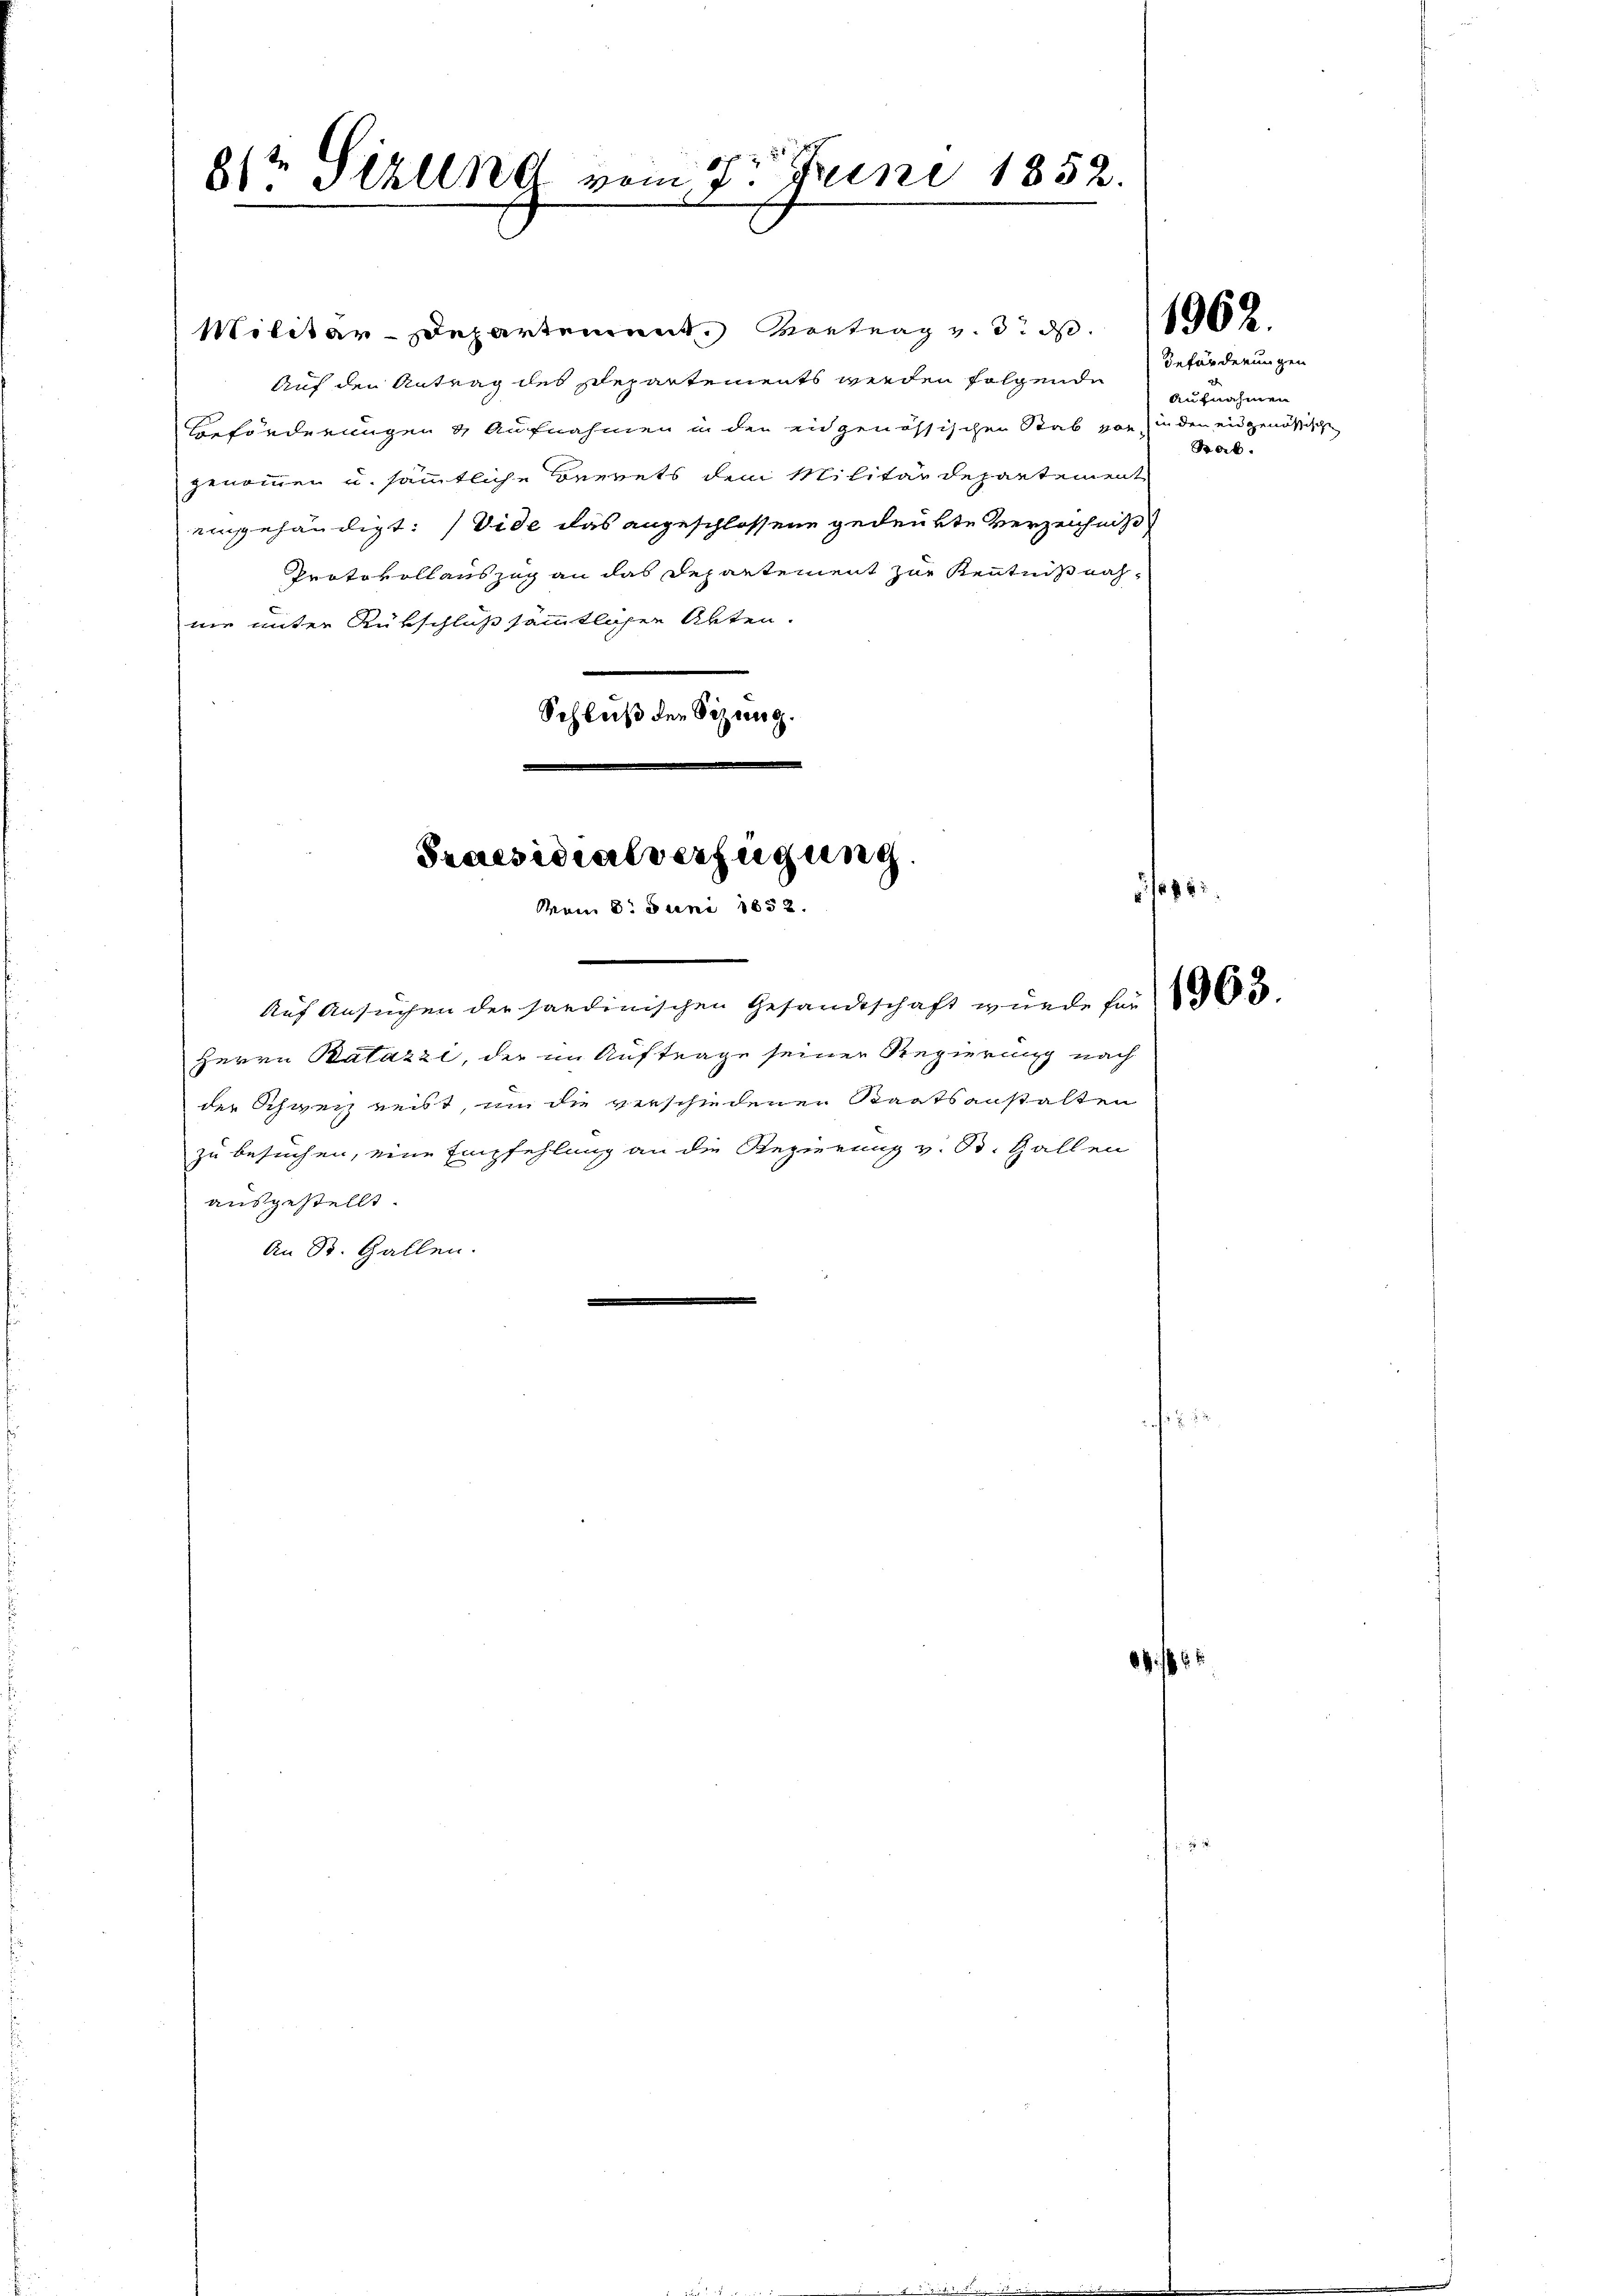
81te Sizlend vom 7. Juni 1852.
.

Militar-Departement. Vortrag v. 3. d. 10 x
Auf den Antrag des Departements werden folgende Beförderungen
Beförderungen & Aufnahmen in den eidgenössischen Stab von in den eidgenössische
genommen u. sämmtliche Beerets dem Militärdepartement
eingehändigt: Vide das angeschlossene gedenkte Verzeichnis
Protokollauszug an das Departement zur Kenntnißnahnie unter Rükschluß sämmtlichen Akten.
Schluß den Sizung.

Auf Ansuchen der Sardinischen Gesandtschaft wurde für
Herrn Batazzi, der im Auftrage seiner Regierung nach
der Schweiz reist, um die verschiedenen Staatsanstalten
zu besuchen, eine Empfehlung an die Regierung v. B. Hallen
ausgestellt.
An St. Gallen.
e
d

Praesidialverfügung.
Mom 8. Juni 1852.

Aufnahmen
Barb.

6 f 42

/5